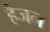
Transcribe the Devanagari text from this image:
हैजन